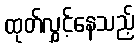
ထုတ်လွှင့်နေသည့်